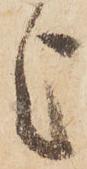
上